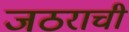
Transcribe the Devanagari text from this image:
जठराची